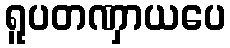
ရူပတဏှာယပေ